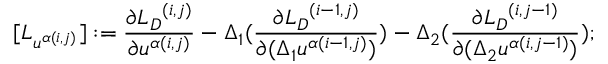
[ { L } _ { u ^ { \alpha ( i , j ) } } ] : = \frac { \partial { { L } _ { D } } ^ { ( i , j ) } } { \partial u ^ { \alpha ( i , j ) } } - \Delta _ { 1 } ( \frac { \partial { { L } _ { D } } ^ { ( i - 1 , j ) } } { \partial ( \Delta _ { 1 } u ^ { \alpha ( i - 1 , j ) } ) } ) - \Delta _ { 2 } ( \frac { \partial { { L } _ { D } } ^ { ( i , j - 1 ) } } { \partial ( \Delta _ { 2 } u ^ { \alpha ( i , j - 1 ) } ) } ) ;